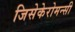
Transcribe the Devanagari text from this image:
जिसेकेरोमन्सी